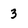
Character: 3